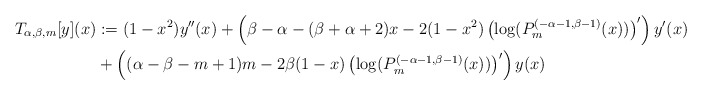
\begin{align*}T_{\alpha,\beta, m}[y](x)&:=(1-x^2)y''(x)+\left(\beta-\alpha-(\beta+\alpha+2)x-2(1-x^2)\left(\log(P_m^{(-\alpha-1,\beta-1)}(x))\right)'\right)y'(x) \\&+\left((\alpha-\beta-m+1)m-2\beta(1-x)\left(\log(P_m^{(-\alpha-1,\beta-1)}(x))\right)'\right)y(x) \end{align*}